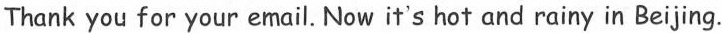
Thank you for your email. Now it's hot and rainy in Beijing.